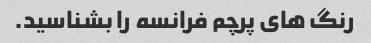
رنگ های پرچم فرانسه را بشناسید.